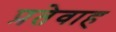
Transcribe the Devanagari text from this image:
प्रतेवाह